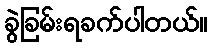
ခွဲခြမ်းရခက်ပါတယ်။